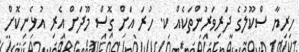
ހިރިޔާ ސްކޫލުގެ ދަރިވަރުންތަކެއް ކ. ހުރަ އަށް ގޮސް މޫދަށް އެރި އުޅެނިކޮށް